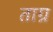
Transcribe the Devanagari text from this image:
ताग्र